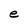
Character: e